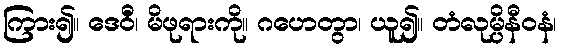
ကြား၍။ ဒေဝီံ၊ မိဖုရားကို။ ဂဟေတွာ၊ ယူ၍။ တံလုမ္ပိနီဝနံ၊